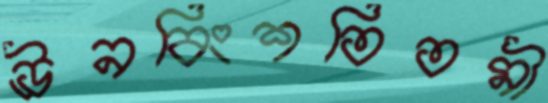
ঊনবিংশতিতমী